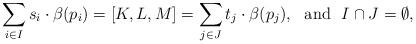
LaTeX: \begin{align*}\sum\limits_{i\in I} s_i\cdot\beta(p_i) = [K,L,M] = \sum\limits_{j\in J} t_j\cdot\beta(p_j),~~\mbox{and}~~I\cap J = \emptyset,\end{align*}